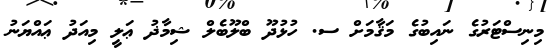
މިނިސްޓަރުގެ ނައިބުގެ މަޤާމަށް ސ. ހުޅުދޫ ބްލޫބެލް ޝިމާޛު ޢަލީ މިއަދު ޢައްޔަނު